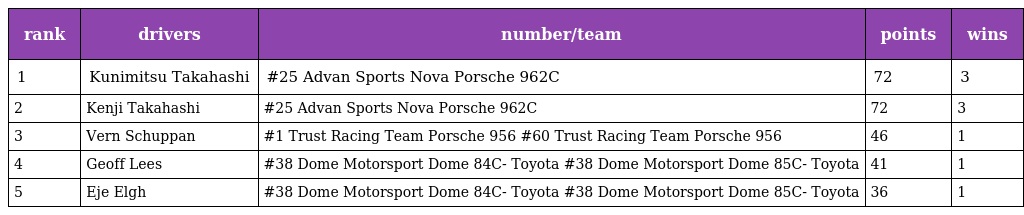
| rank | drivers | number/team | points | wins |
 | --- | --- | --- | --- | --- |
 | 1 | Kunimitsu Takahashi | #25 Advan Sports Nova Porsche 962C | 72 | 3 |
 | 2 | Kenji Takahashi | #25 Advan Sports Nova Porsche 962C | 72 | 3 |
 | 3 | Vern Schuppan | #1 Trust Racing Team Porsche 956 #60 Trust Racing Team Porsche 956 | 46 | 1 |
 | 4 | Geoff Lees | #38 Dome Motorsport Dome 84C- Toyota #38 Dome Motorsport Dome 85C- Toyota | 41 | 1 |
 | 5 | Eje Elgh | #38 Dome Motorsport Dome 84C- Toyota #38 Dome Motorsport Dome 85C- Toyota | 36 | 1 |